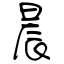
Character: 晨